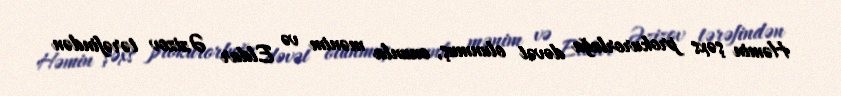
Həmin şəxs prokurorluğa dəvət olunmuş, onunla mənim və Eldar Əzizov tərəfindən